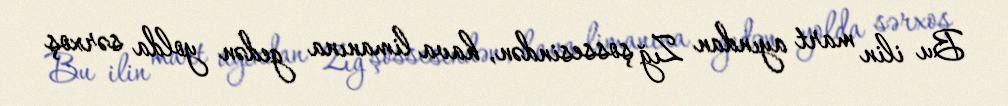
Bu ilin mart ayından Zığ şossesindən, hava limanına gedən yolda sərxoş